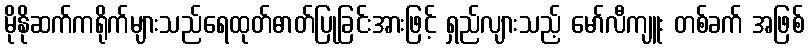
မိုနိုဆက်ကရိုက်များသည်ရေထုတ်ဓာတ်ပြုခြင်းအားဖြင့် ရှည်လျားသည့် မော်လီကျူး တစ်ခက် အဖြစ်